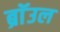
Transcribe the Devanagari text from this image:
ब्राॅउल